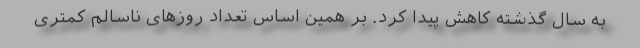
به سال گذشته کاهش پیدا کرد. بر همین اساس تعداد روزهای ناسالم کمتری